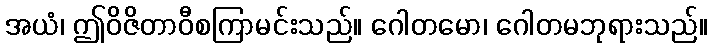
အယံ၊ ဤဝိဇိတာဝီစကြာမင်းသည်။ ဂေါတမော၊ ဂေါတမဘုရားသည်။